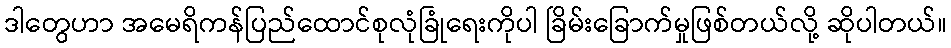
ဒါတွေဟာ အမေရိကန်ပြည်ထောင်စုလုံခြုံရေးကိုပါ ခြိမ်းခြောက်မှုဖြစ်တယ်လို့ ဆိုပါတယ်။